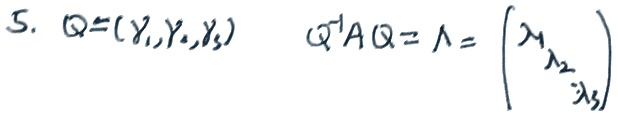
5.
\[
\begin{align*}
Q&=(\gamma_1,\gamma_2,\gamma_3)\\
Q^{-1}AQ&=\Lambda=\begin{pmatrix}\lambda_1&\\&\lambda_2&\\&&\lambda_3\end{pmatrix}
\end{align*}
\]